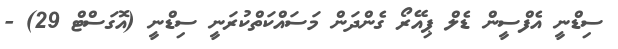
ސިޑްނީ އެފްސީން ޑެލް ޕިއޭރޯ ގެންދަން މަސައްކަތްކުރަނީ ސިޑްނީ (އޮގަސްޓް 29) -